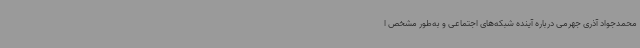
محمدجواد آذری جهرمی درباره آینده شبکه‌های اجتماعی و به‌طور مشخص ا